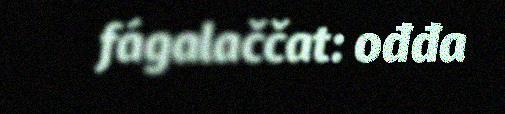
fágalaččat: ođđa